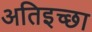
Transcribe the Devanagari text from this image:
अतिइच्छा